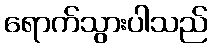
ရောက်သွားပါသည်